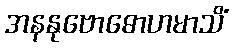
အနနုဗောဓောဟမာသိံ